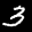
Label: 3